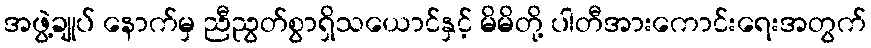
အဖွဲ့ချုပ် နောက်မှ ညီညွတ်စွာရှိသယောင်နှင့် မိမိတို့ ပါတီအားကောင်းရေးအတွက်